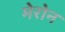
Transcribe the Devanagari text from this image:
मेरोन